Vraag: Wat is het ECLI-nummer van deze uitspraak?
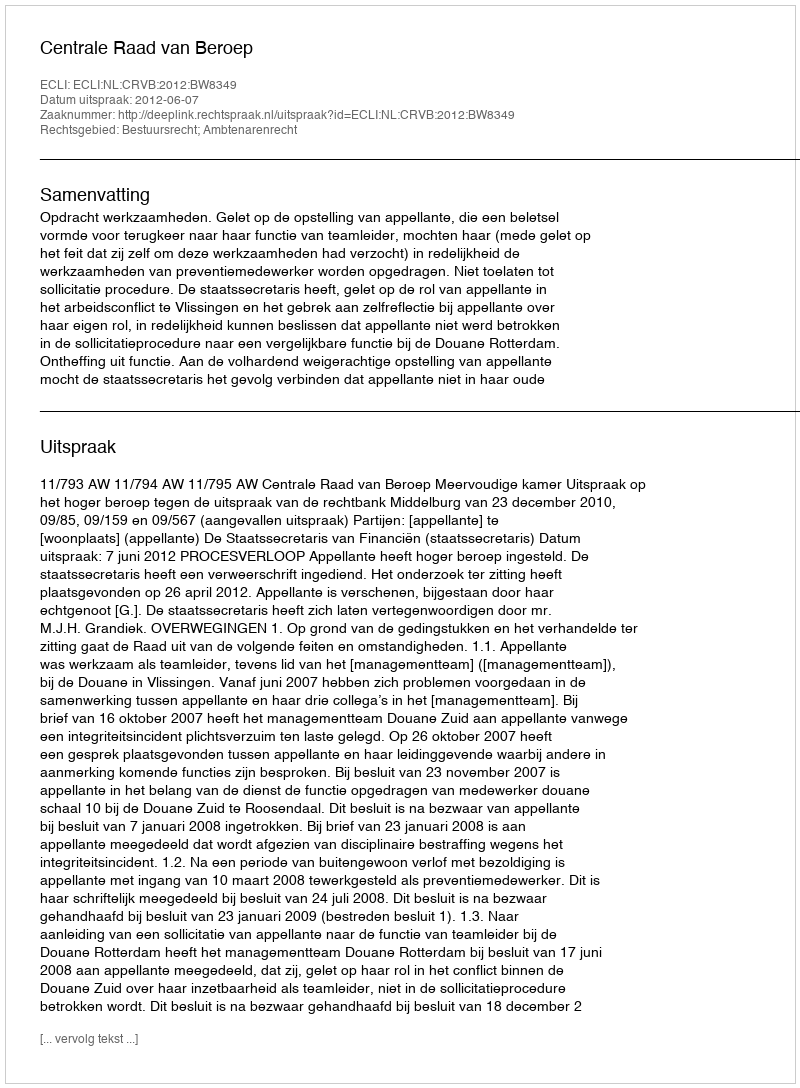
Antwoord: ECLI:NL:CRVB:2012:BW8349